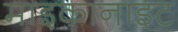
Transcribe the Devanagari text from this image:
माइकानाइट